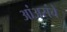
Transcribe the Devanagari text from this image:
आंअसंचे